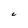
Character: C